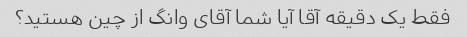
فقط یک دقیقه آقا آیا شما آقای وانگ از چین هستید؟